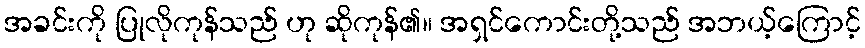
အခင်းကို ပြုလိုကုန်သည် ဟု ဆိုကုန်၏။ အရှင်ကောင်းတို့သည် အဘယ့်ကြောင့်